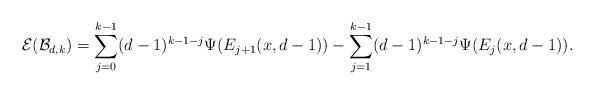
LaTeX: \begin{align*} \mathcal{E}(\mathcal{B}_{d, k}) &= \sum_{j = 0}^{k-1} (d-1)^{k-1-j} \Psi(E_{j+1}(x, d-1)) - \sum_{j = 1}^{k-1} (d-1)^{k-1-j} \Psi(E_j(x, d-1)) .\end{align*}